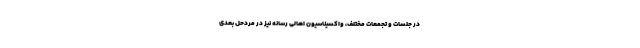
در جلسات و تجمعات مختلف، واکسیناسیون اهالی رسانه نیز در مردحل بعدی